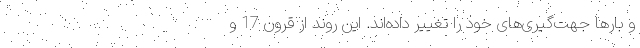
و بارها جهت‌گیری‌های خود را تغییر داده‌اند. این روند از قرون 17 و